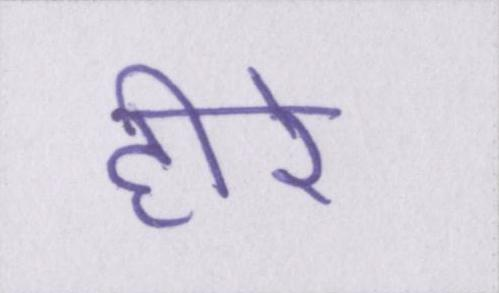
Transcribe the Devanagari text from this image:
हीरे